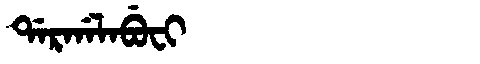
Manchu: ᡩᠠᡵᡤᠠᠯᠠᠪᡠᠸᡳ
Romanization: DARGALABUFI